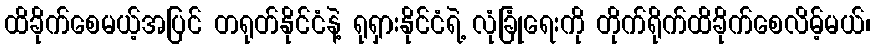
ထိခိုက်စေမယ့်အပြင် တရုတ်နိုင်ငံနဲ့ ရုရှားနိုင်ငံရဲ့ လုံခြုံရေးကို တိုက်ရိုက်ထိခိုက်စေလိမ့်မယ်၊